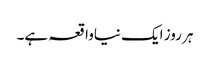
ہر روز ایک نیاواقعہ ہے۔